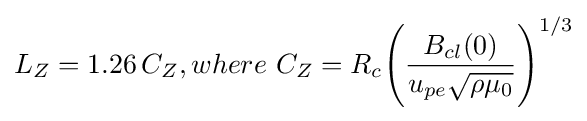
L_{Z}=1.26\,C_{Z},where\,\,C_{Z}=R_{c}{\Biggl (}{\frac {B_{cl}(0)}{u_{pe}{\sqrt {\rho \mu _{0}}}}}{\Biggr )}^{1/3}